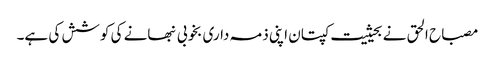
مصباح الحق نے بحیثیت کپتان اپنی ذمہ داری بخوبی نبھانے کی کوشش کی ہے۔